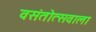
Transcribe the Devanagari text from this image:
वसंतोत्सवाला